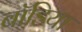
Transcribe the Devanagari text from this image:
बॉडिया